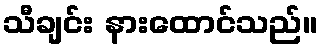
သီချင်း နားထောင်သည်။